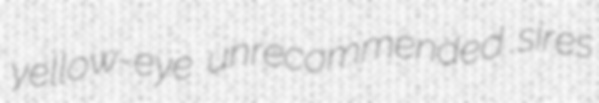
yellow-eye unrecommended sires